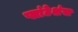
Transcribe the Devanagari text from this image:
प्लांटेशंस